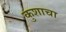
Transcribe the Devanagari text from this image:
कुशाचा